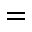
=